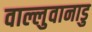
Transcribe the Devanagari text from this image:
वाल्लुवानाडु